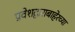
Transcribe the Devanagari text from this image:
प्रवेशद्वाराबाहेरच्या